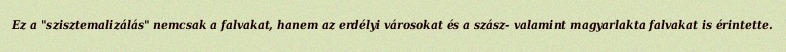
Ez a "szisztemalizálás" nemcsak a falvakat, hanem az erdélyi városokat és a szász- valamint magyarlakta falvakat is érintette.